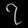
Digit: ၇